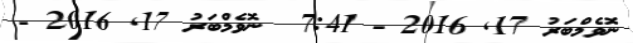
ނޮވެމްބަރު 17